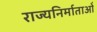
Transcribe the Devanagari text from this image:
राज्यनिर्माताओं